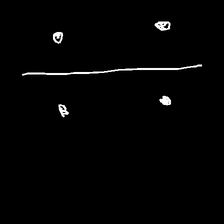
Glyph: cool